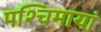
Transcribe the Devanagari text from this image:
पश्चिमायां